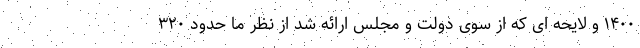
۱۴۰۰ و لایحه ای که از سوی دولت و مجلس ارائه شد از نظر ما حدود ۳۲۰